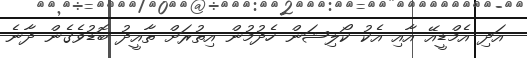
އަދި އެމްޑީއޭ އާއި އެކު ކޯލިޝަން ހެދުމުން އިތުރަށް ތާއީދު ބޮޑުވެގެން ދާނެ